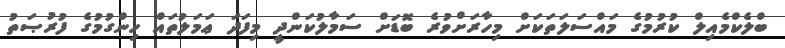
ބްލެކްމެއިލް ކުރުމުގެ މައްސަލަތަކަށް މިހާރަށްވުރެ ބޮޑަށް ސަމާލުކަންދީ މިފަދަ ޢަމަލުތައް ހިންގުމުގެ ފުރުޞަތު